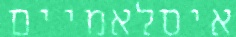
איסלאמיים